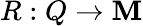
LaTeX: R:Q\to\mathbf{M}